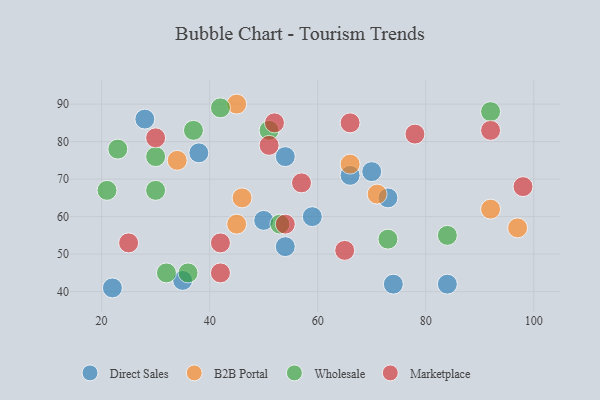
{"axis": {"x": "GDP", "y": "Life Expectancy"}, "legend": ["B2B Portal", "Direct Sales", "Marketplace", "Wholesale"], "data": [{"x": "54", "y": 76, "type": "Direct Sales"}, {"x": "73", "y": 65, "type": "Direct Sales"}, {"x": "70", "y": 72, "type": "Direct Sales"}, {"x": "22", "y": 41, "type": "Direct Sales"}, {"x": "50", "y": 59, "type": "Direct Sales"}, {"x": "54", "y": 52, "type": "Direct Sales"}, {"x": "84", "y": 42, "type": "Direct Sales"}, {"x": "66", "y": 71, "type": "Direct Sales"}, {"x": "35", "y": 43, "type": "Direct Sales"}, {"x": "74", "y": 42, "type": "Direct Sales"}, {"x": "59", "y": 60, "type": "Direct Sales"}, {"x": "38", "y": 77, "type": "Direct Sales"}, {"x": "28", "y": 86, "type": "Direct Sales"}, {"x": "92", "y": 62, "type": "B2B Portal"}, {"x": "97", "y": 57, "type": "B2B Portal"}, {"x": "71", "y": 66, "type": "B2B Portal"}, {"x": "66", "y": 74, "type": "B2B Portal"}, {"x": "45", "y": 90, "type": "B2B Portal"}, {"x": "34", "y": 75, "type": "B2B Portal"}, {"x": "45", "y": 58, "type": "B2B Portal"}, {"x": "46", "y": 65, "type": "B2B Portal"}, {"x": "36", "y": 45, "type": "Wholesale"}, {"x": "21", "y": 67, "type": "Wholesale"}, {"x": "30", "y": 67, "type": "Wholesale"}, {"x": "51", "y": 83, "type": "Wholesale"}, {"x": "37", "y": 83, "type": "Wholesale"}, {"x": "23", "y": 78, "type": "Wholesale"}, {"x": "84", "y": 55, "type": "Wholesale"}, {"x": "30", "y": 76, "type": "Wholesale"}, {"x": "42", "y": 89, "type": "Wholesale"}, {"x": "32", "y": 45, "type": "Wholesale"}, {"x": "92", "y": 88, "type": "Wholesale"}, {"x": "53", "y": 58, "type": "Wholesale"}, {"x": "73", "y": 54, "type": "Wholesale"}, {"x": "66", "y": 85, "type": "Marketplace"}, {"x": "30", "y": 81, "type": "Marketplace"}, {"x": "78", "y": 82, "type": "Marketplace"}, {"x": "25", "y": 53, "type": "Marketplace"}, {"x": "51", "y": 79, "type": "Marketplace"}, {"x": "57", "y": 69, "type": "Marketplace"}, {"x": "54", "y": 58, "type": "Marketplace"}, {"x": "42", "y": 53, "type": "Marketplace"}, {"x": "98", "y": 68, "type": "Marketplace"}, {"x": "92", "y": 83, "type": "Marketplace"}, {"x": "52", "y": 85, "type": "Marketplace"}, {"x": "65", "y": 51, "type": "Marketplace"}, {"x": "42", "y": 45, "type": "Marketplace"}]}